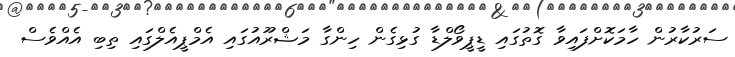
ސަރުކާރުން ހާމަކޮށްފައިވާ ގޮތުގައި ޑީޕީވޯލްޑާ ގުޅިގެން ހިންގާ މަޝްރޫއުގައި އެމްޕީއެލްގައި ތިބި އެއްވެސް